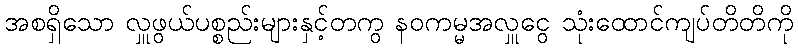
အစရှိသော လှူဖွယ်ပစ္စည်းများနှင့်တကွ နဝကမ္မအလှူငွေ သုံးထောင်ကျပ်တိတိကို